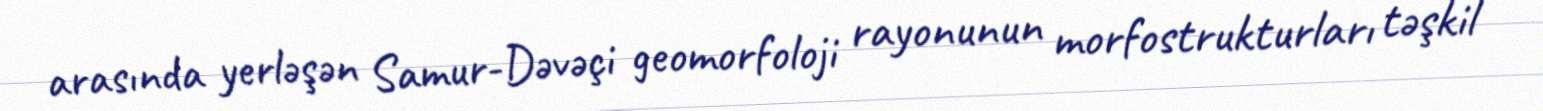
arasında yerləşən Samur-Dəvəçi geomorfoloji rayonunun morfostrukturları təşkil